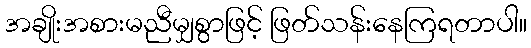
အချိုးအစားမညီမျှစွာဖြင့် ဖြတ်သန်းနေကြရတာပါ။